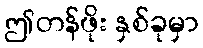
ဤတန်ဖိုး နှစ်ခုမှာ